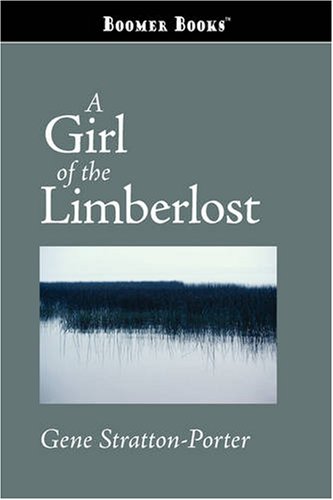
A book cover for A Girl of the Limberlost; Gene Stratton-Porter; Teen & Young Adult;